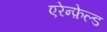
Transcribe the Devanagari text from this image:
एरेन्फ़ेल्ड